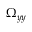
\Omega _ { y y }